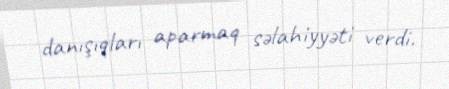
danışıqları aparmaq səlahiyyəti verdi.